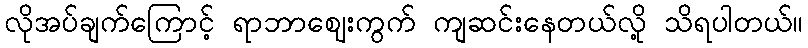
လိုအပ်ချက်ကြောင့် ရာဘာဈေးကွက် ကျဆင်းနေတယ်လို့ သိရပါတယ်။